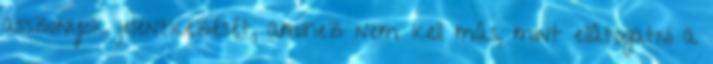
asszonyok jelentkezését, amihez nem kell más, mint ellátogatni a